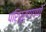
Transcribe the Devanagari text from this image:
परिपूर्णपणे